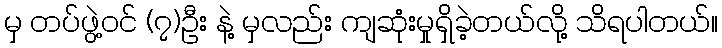
မှ တပ်ဖွဲ့ဝင် (၇)ဦး နဲ့ မှလည်း ကျဆုံးမှုရှိခဲ့တယ်လို့ သိရပါတယ်။